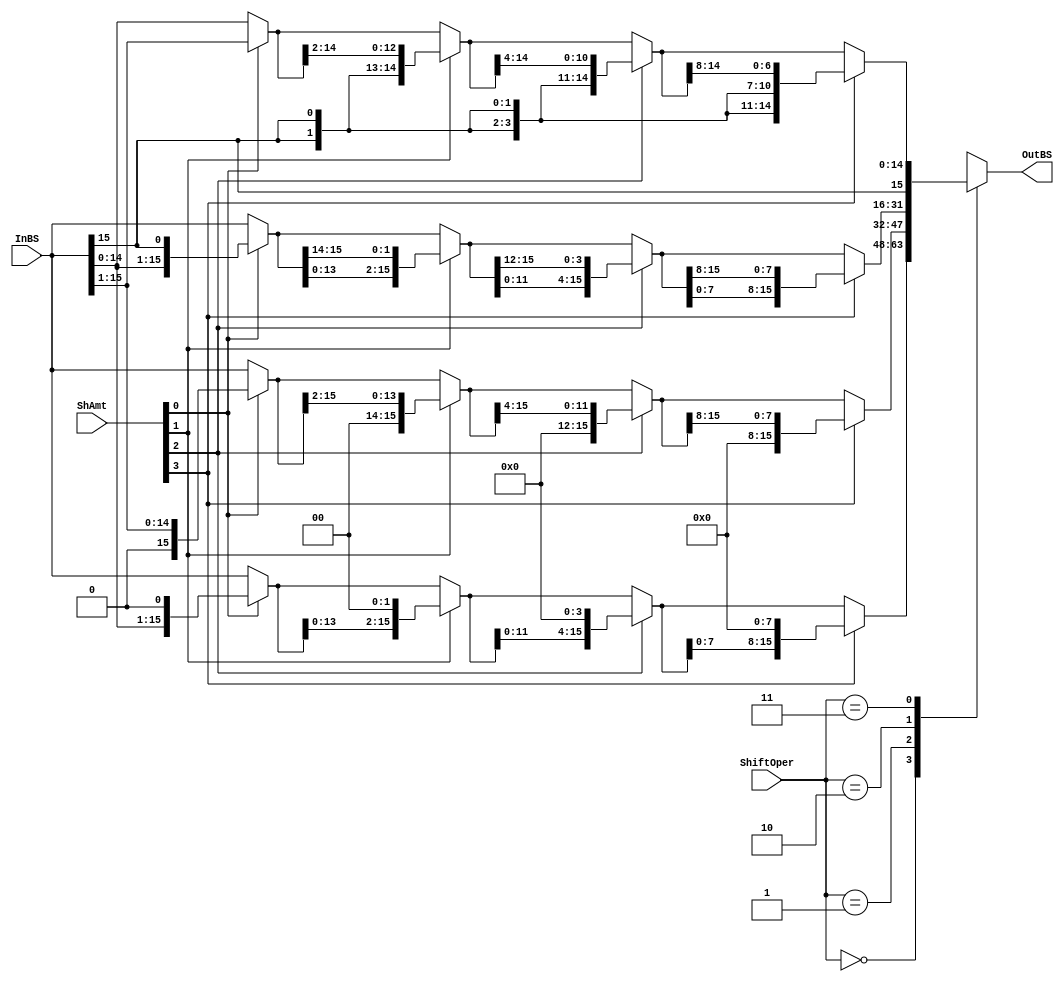
/*
    CS/ECE 552 Spring '23
    Homework #2, Problem 1
    
    A barrel shifter module.  It is designed to shift a number via rotate
    left, shift left, shift right arithmetic, or shift right logical based
    on the 'Oper' value that is passed in.  It uses these
    shifts to shift the value any number of bits.
 */
`default_nettype none
module shifter (InBS, ShAmt, ShiftOper, OutBS);

    // declare constant for size of inputs, outputs, and # bits to shift
    parameter OPERAND_WIDTH = 16;
    parameter SHAMT_WIDTH   =  4;
    parameter NUM_OPERATIONS = 2;

    input wire [OPERAND_WIDTH -1:0] InBS;  // Input operand
    input wire [SHAMT_WIDTH   -1:0] ShAmt; // Amount to shift/rotate
    input wire [NUM_OPERATIONS-1:0] ShiftOper;  // Operation type
    output wire [OPERAND_WIDTH -1:0] OutBS;  // Result of shift/rotate

	reg [15:0] shftmed1;
	reg [15:0] shftmed2;
	reg [15:0] shftmed3;
	reg [15:0] shftmed4;
   /* YOUR CODE HERE */
   
   assign OutBS = shftmed4;
   always @(*)	begin
		case (ShiftOper)
			// shift left
			2'b00: begin
				shftmed1 = ShAmt[0] == 1 ? InBS << 1 : InBS;
				shftmed2 = ShAmt[1] == 1 ? shftmed1 << 2 : shftmed1;
				shftmed3 = ShAmt[2] == 1 ? shftmed2 << 4 : shftmed2;
				shftmed4 = ShAmt[3] == 1 ? shftmed3 << 8 : shftmed3;
			end
			
			// shift right logical
			2'b01: begin
				shftmed1 = ShAmt[0] == 1 ? InBS >> 1 : InBS;
				shftmed2 = ShAmt[1] == 1 ? shftmed1 >> 2 : shftmed1;
				shftmed3 = ShAmt[2] == 1 ? shftmed2 >> 4 : shftmed2;
				shftmed4 = ShAmt[3] == 1 ? shftmed3 >> 8 : shftmed3;
			end
			
			// rotate left
			2'b10: begin
				shftmed1 = ShAmt[0] == 1 ? {InBS[14:0], InBS[15]} : InBS;
				shftmed2 = ShAmt[1] == 1 ? {shftmed1[13:0], shftmed1[15:14]} : shftmed1;
				shftmed3 = ShAmt[2] == 1 ? {shftmed2[11:0], shftmed2[15:12]} : shftmed2;
				shftmed4 = ShAmt[3] == 1 ? {shftmed3[7:0], shftmed3[15:8]} : shftmed3;
			end
			
			// shift right arithmetic
			2'b11: begin
				shftmed1 = ShAmt[0] == 1 ? {InBS[15], InBS[15:1]} : InBS;
				shftmed2 = ShAmt[1] == 1 ? {{2{shftmed1[15]}}, shftmed1[15:2]} : shftmed1;
				shftmed3 = ShAmt[2] == 1 ? {{4{shftmed2[15]}}, shftmed2[15:4]} : shftmed2;
				shftmed4 = ShAmt[3] == 1 ? {{8{shftmed3[15]}}, shftmed3[15:8]} : shftmed3;
			end
			default: 
				shftmed4 = InBS;

		endcase
	end
  
endmodule